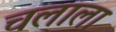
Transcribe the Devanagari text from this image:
चलाला